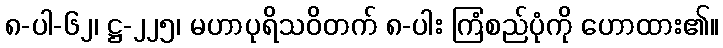
၈-ပါ-၆၂၊ ဋ္ဌ-၂၂၅၊ မဟာပုရိသဝိတက် ၈-ပါး ကြံစည်ပုံကို ဟောထား၏။